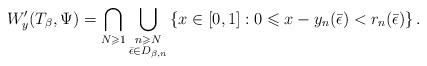
LaTeX: \begin{align*}W_y'(T_\beta, \Psi)=\bigcap_{N\geqslant 1}\bigcup_{\substack{n\geqslant N\\\bar{\epsilon}\in D_{\beta,n}}}\left\{x\in [0,1]: 0\leqslant x-y_n(\bar{\epsilon})< r_n(\bar{\epsilon})\right\}.\end{align*}